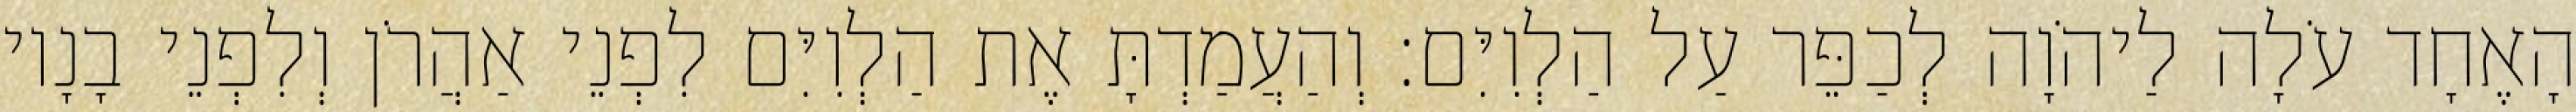
הָאֶחָד עֹלָה לַיהֹוָה לְכַפֵּר עַל הַלְוִיִּם׃ וְהַעֲמַדְתָּ אֶת הַלְוִיִּם לִפְנֵי אַהֲרֹן וְלִפְנֵי בָנָיו